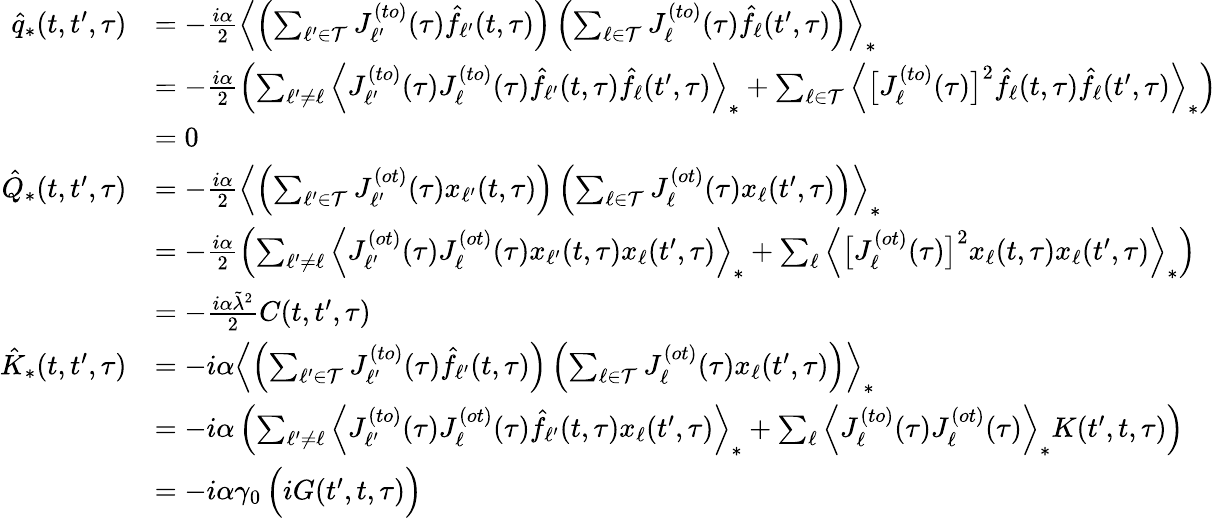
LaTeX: \begin{array}{rl}{\hat{q}_{*}(t,t^{\prime},\tau)}&{=-\frac{i\alpha}{2}\left\langle\left(\sum_{\ell^{\prime}\in\mathcal{T}}J_{\ell^{\prime}}^{(to)}(\tau)\hat{f}_{\ell^{\prime}}(t,\tau)\right)\left(\sum_{\ell\in\mathcal{T}}J_{\ell}^{(to)}(\tau)\hat{f}_{\ell}(t^{\prime},\tau)\right)\right\rangle_{*}}\\ &{=-\frac{i\alpha}{2}\left(\sum_{\ell^{\prime}\neq\ell}\left\langle J_{\ell^{\prime}}^{(to)}(\tau)J_{\ell}^{(to)}(\tau)\hat{f}_{\ell^{\prime}}(t,\tau)\hat{f}_{\ell}(t^{\prime},\tau)\right\rangle_{*}+\sum_{\ell\in\mathcal{T}}\left\langle\big[J_{\ell}^{(to)}(\tau)\big]^{2}\hat{f}_{\ell}(t,\tau)\hat{f}_{\ell}(t^{\prime},\tau)\right\rangle_{*}\right)}\\ &{=0}\\ {\hat{Q}_{*}(t,t^{\prime},\tau)}&{=-\frac{i\alpha}{2}\left\langle\left(\sum_{\ell^{\prime}\in\mathcal{T}}J_{\ell^{\prime}}^{(ot)}(\tau)x_{\ell^{\prime}}(t,\tau)\right)\left(\sum_{\ell\in\mathcal{T}}J_{\ell}^{(ot)}(\tau)x_{\ell}(t^{\prime},\tau)\right)\right\rangle_{*}}\\ &{=-\frac{i\alpha}{2}\left(\sum_{\ell^{\prime}\neq\ell}\left\langle J_{\ell^{\prime}}^{(ot)}(\tau)J_{\ell}^{(ot)}(\tau)x_{\ell^{\prime}}(t,\tau)x_{\ell}(t^{\prime},\tau)\right\rangle_{*}+\sum_{\ell}\left\langle\big[J_{\ell}^{(ot)}(\tau)\big]^{2}x_{\ell}(t,\tau)x_{\ell}(t^{\prime},\tau)\right\rangle_{*}\right)}\\ &{=-\frac{i\alpha\tilde{\lambda}^{2}}{2}C(t,t^{\prime},\tau)}\\ {\hat{K}_{*}(t,t^{\prime},\tau)}&{=-i\alpha\left\langle\left(\sum_{\ell^{\prime}\in\mathcal{T}}J_{\ell^{\prime}}^{(to)}(\tau)\hat{f}_{\ell^{\prime}}(t,\tau)\right)\left(\sum_{\ell\in\mathcal{T}}J_{\ell}^{(ot)}(\tau)x_{\ell}(t^{\prime},\tau)\right)\right\rangle_{*}}\\ &{=-i\alpha\left(\sum_{\ell^{\prime}\neq\ell}\left\langle J_{\ell^{\prime}}^{(to)}(\tau)J_{\ell}^{(ot)}(\tau)\hat{f}_{\ell^{\prime}}(t,\tau)x_{\ell}(t^{\prime},\tau)\right\rangle_{*}+\sum_{\ell}\left\langle J_{\ell}^{(to)}(\tau)J_{\ell}^{(ot)}(\tau)\right\rangle_{*}K(t^{\prime},t,\tau)\right)}\\ &{=-i\alpha\gamma_{0}\, \Big(iG(t^{\prime},t,\tau)\Big)}\end{array}